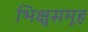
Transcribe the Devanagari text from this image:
भिक्षुसमूह